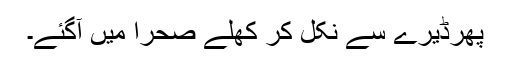
پھرڈیرے سے نکل کر کھلے صحرا میں آگئے۔